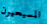
المسيحيون